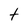
Character: t